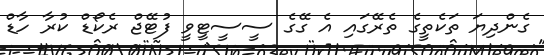
ގެންދިޔަ ތަކެތީގެ ތެރޭގައި އެ ގޭގެ ސީސީޓީވީ ފުޓޭޖް ރެކޯޑް ކުރާ ހާޑް